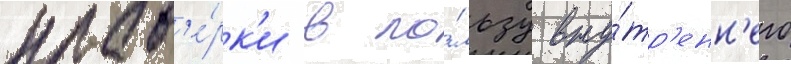
пров'е́рк'и в по́льзу вну́тр'енн'его